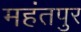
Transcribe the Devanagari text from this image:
महंतपुर